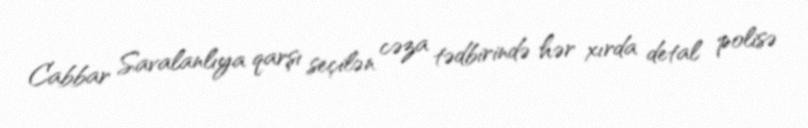
Cabbar Savalanlıya qarşı seçilən cəza tədbirində hər xırda detal polisə